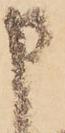
申